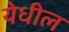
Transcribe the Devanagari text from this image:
येधील